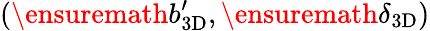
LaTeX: (\ensuremath{b_{\mathrm{3D}}^{\prime}},\ensuremath{\delta_{\mathrm{3D}}})